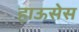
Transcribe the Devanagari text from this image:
हाऊसेस